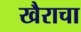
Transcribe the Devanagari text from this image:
खैराचा